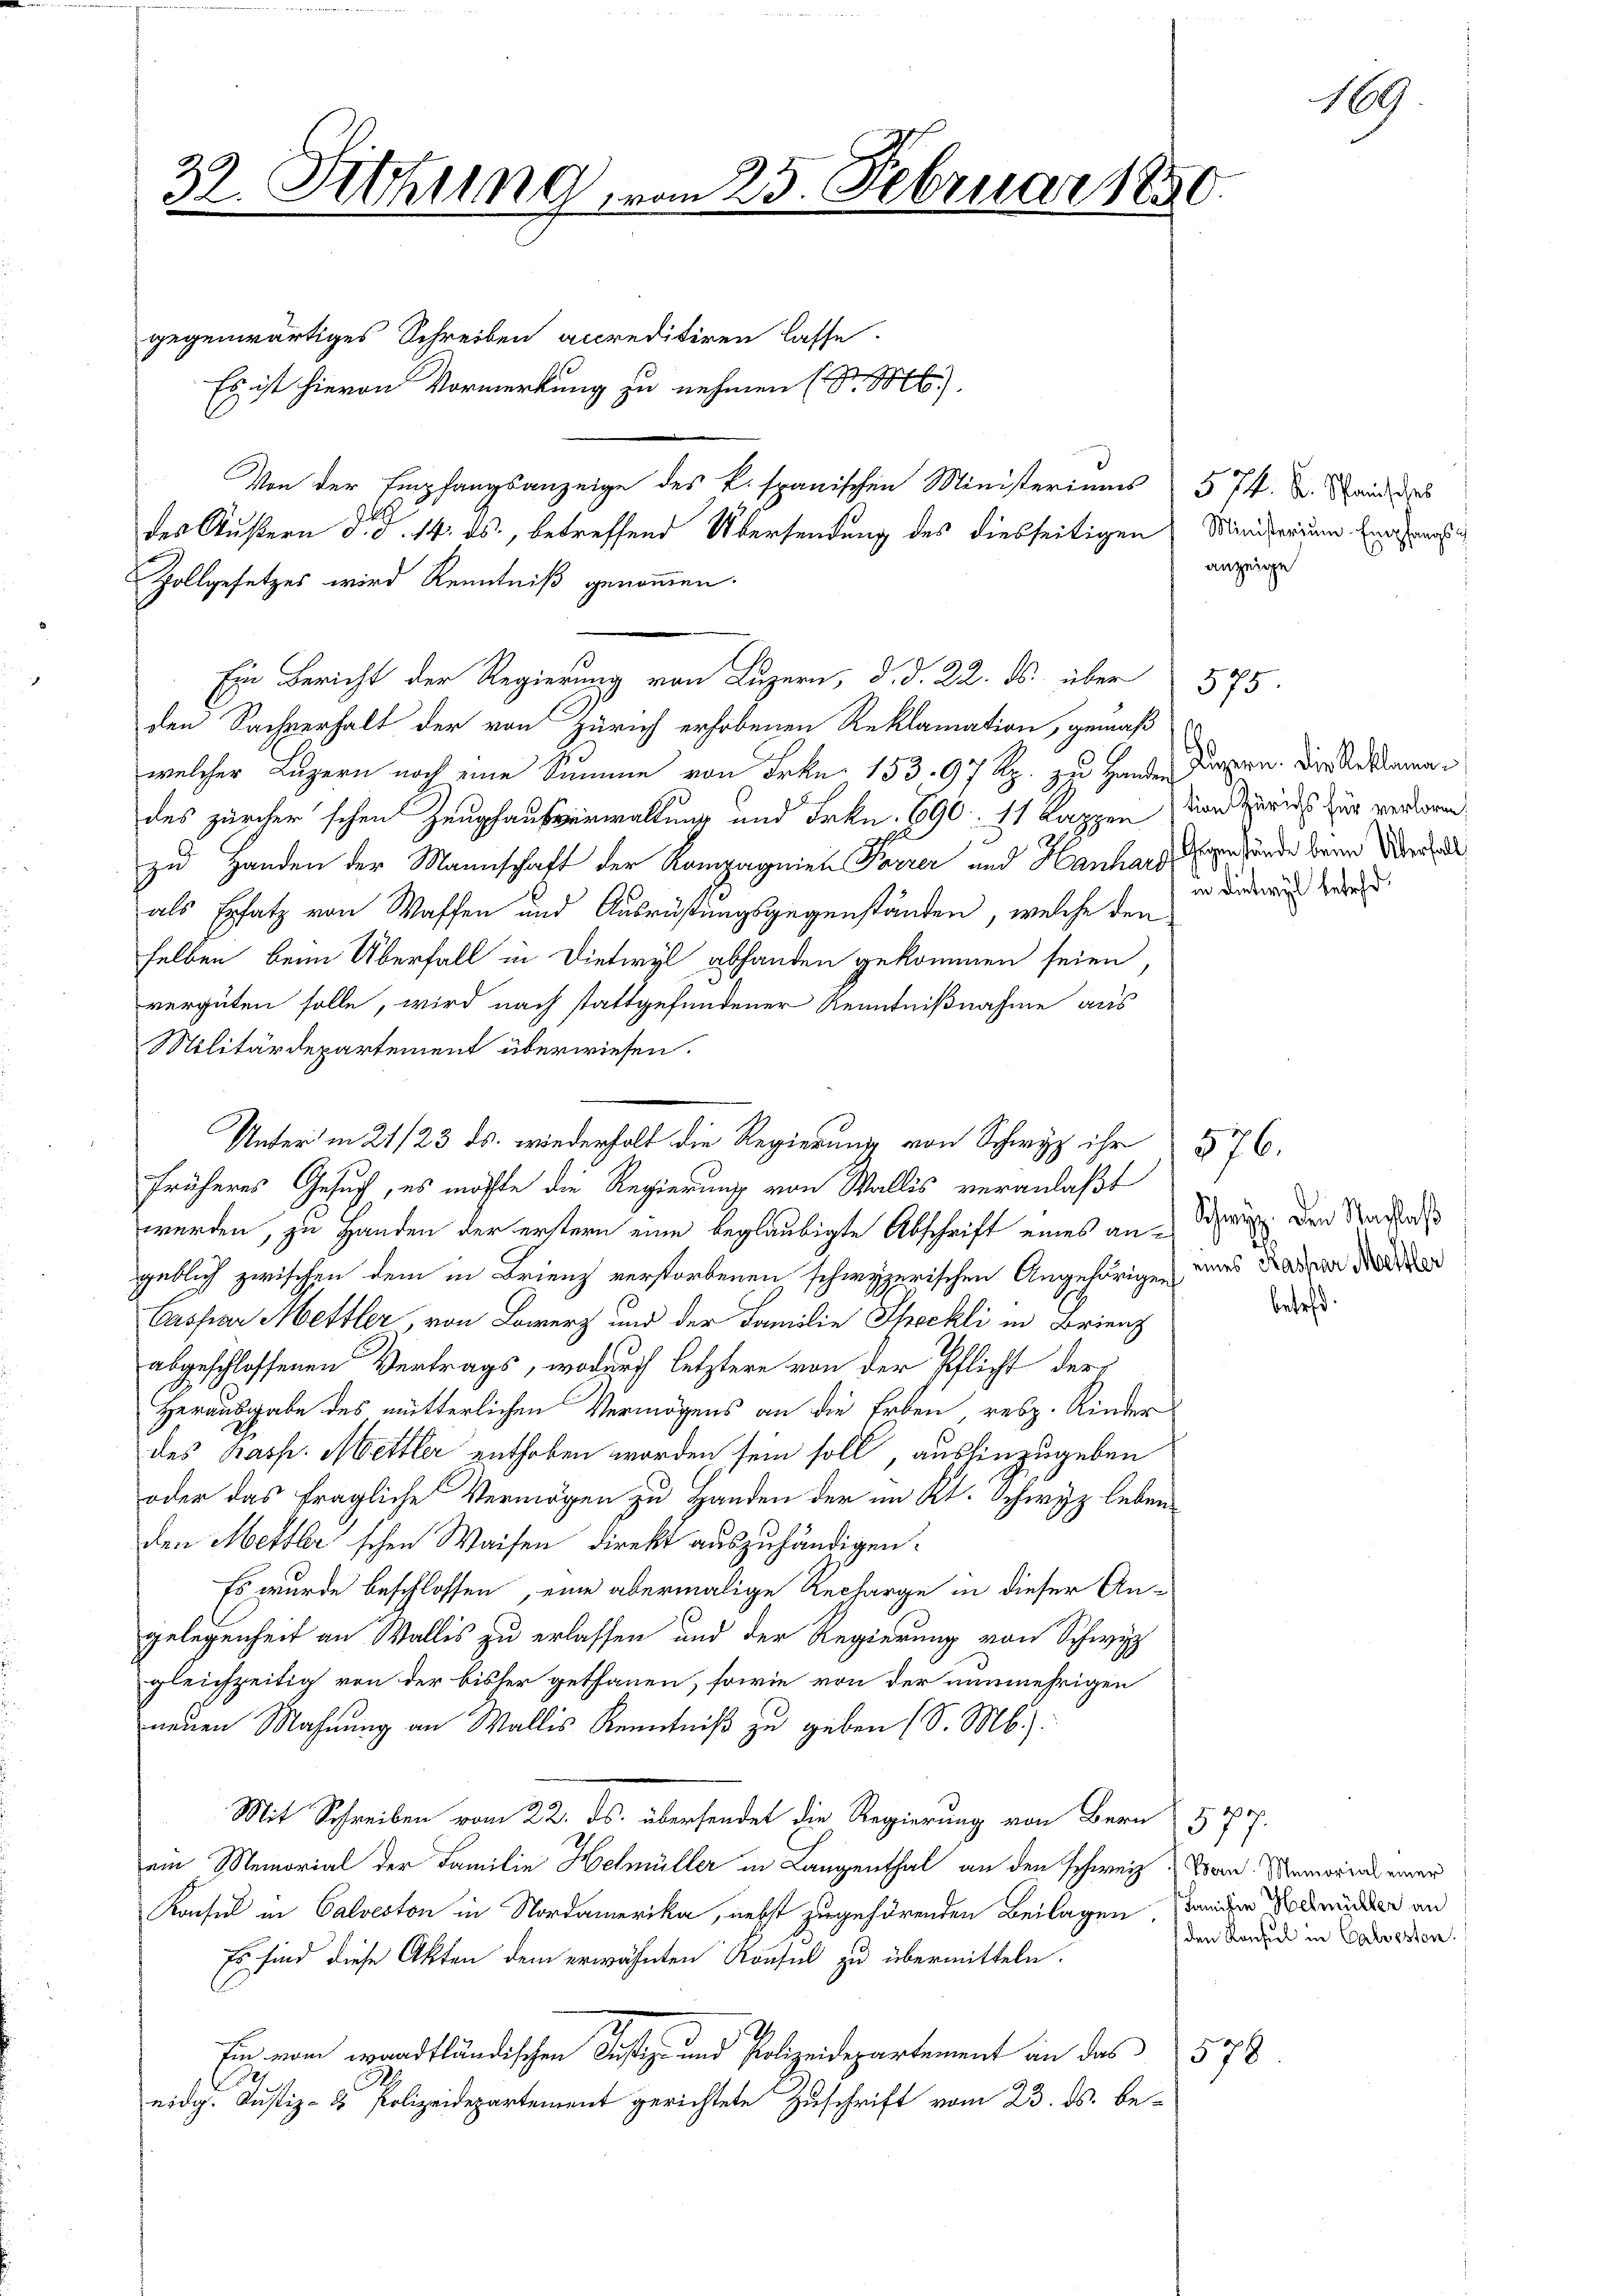
90
3t. Sitzung, vom 25. Februar 1850.
e

gegenwärtiges Schreiben accreditiren lasse.
x
Es ist hievon Vormerkung zu nehmen (S.
Von der Empfangsanzeige des k. spanischen Ministeriums 574 u. andes
Zollgesetzes wird Kenntniß genommen.
den Sachverhalt der von Zürich erhobenen Reklamation, gemäß
welcher Luzern noch eine Summe von Frkn. 153. 97 Rp. zu Handen deren. Die Reklamades zürcher schen Zeughausverwaltung und Frkn. 690. 11 Kappen von Züricht zur verdigen
zu Handen der Mannschaft der Kompagnien Forrer und Hanhard verfunde beim Mord
als Ersatz von Waffen und Ausrüstungsgegenständen, welche den
selben beim Überfall in Dietwyl abhanden gekommen seien,
vergüten solle, wird nach stattgefundener Kenntnißnahme aus
Militärdepartement überwiesen.
werden, zu Handen der erstern eine beglaubigte Abschrift eines angeblich zwischen dem in Frienz verstorbenen schwyzerischen Angehörigen aus Kaspar Werden
Caspar Mettler, von Lowerz und der Familie Speckli in Brienz
abgeschlossenen Vertrags, wodurch letztere von der Pflicht der
Herausgabe des mütterlichen Vermögens an die Erben, resp. Kinder
des pass. Mettler enthoben worden sein soll, aushinzugeben
oder das fragliche Vermögen zu Handen der im Kt. Schwyz leben
den Mettler schen Waisen direkt auszuhändigen.
Es wurde beschlossen, eine abermalige Recharge in dieser An-
gelegenheit an Wallis zu erlassen und der Regierung von Schwyz
gleichzeitig von der bisher gethanen, sowie von der nunmehrigen
neuen Mahnung an Wallis Kenntniß zu geben (S. Mb.).
Mit Schreiben vom 22. ds. übersendet die Regierung von Bern 577.
ein Memorial der Familie Helmüller in Langenthal an den schweiz. Von Memorial einer
Konsul in Calveston in Nordamerika, nebst zugehörenden Beilagen stander Vollmächter an
Es sind diese Akten dem erwähnten Konsul zu übermitteln.
Ein von waadtländischen Justiz- und Polizeidepartement an das 578
eidg. Justiz- & Polizeidepartement gerichtete Zuschrift vom 23. ds. be-

Ein Bericht der Regierung von Luzern, d. d. 22. ds. über

Unter in 21/23. ds. wiederholt die Regierung von Schwyz ihr 576.
früheres Gesuch, es möchte die Regierung von Wallis veranlaßt

des Äußern d. d. 14. ds., betreffend Übersendung des diesseitigen Minderium Einsic

anzeige

575

.
in Dietwyl betr.

Schwyz. Den Nachlaß

befeld.

169

(den Konsul in Calvesten.